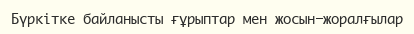
Бүркітке байланысты ғұрыптар мен жосын-жоралғылар